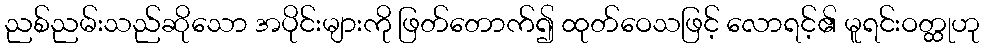
ညစ်ညမ်းသည်ဆိုသော အပိုင်းများကို ဖြတ်တောက်၍ ထုတ်ဝေသဖြင့် လောရင့်၏ မူရင်းဝတ္ထုဟု